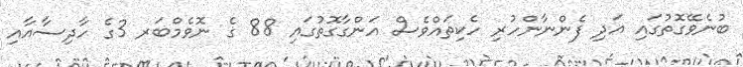
ބުނެވޭގޮތުގައި އަދި ފެންނާންހުރި ހެކިތައްވެސް އަންގާގޮތުގައި 88 ގެ ނޮވެމްބަރ 3ގެ ހާދިސާއާއި